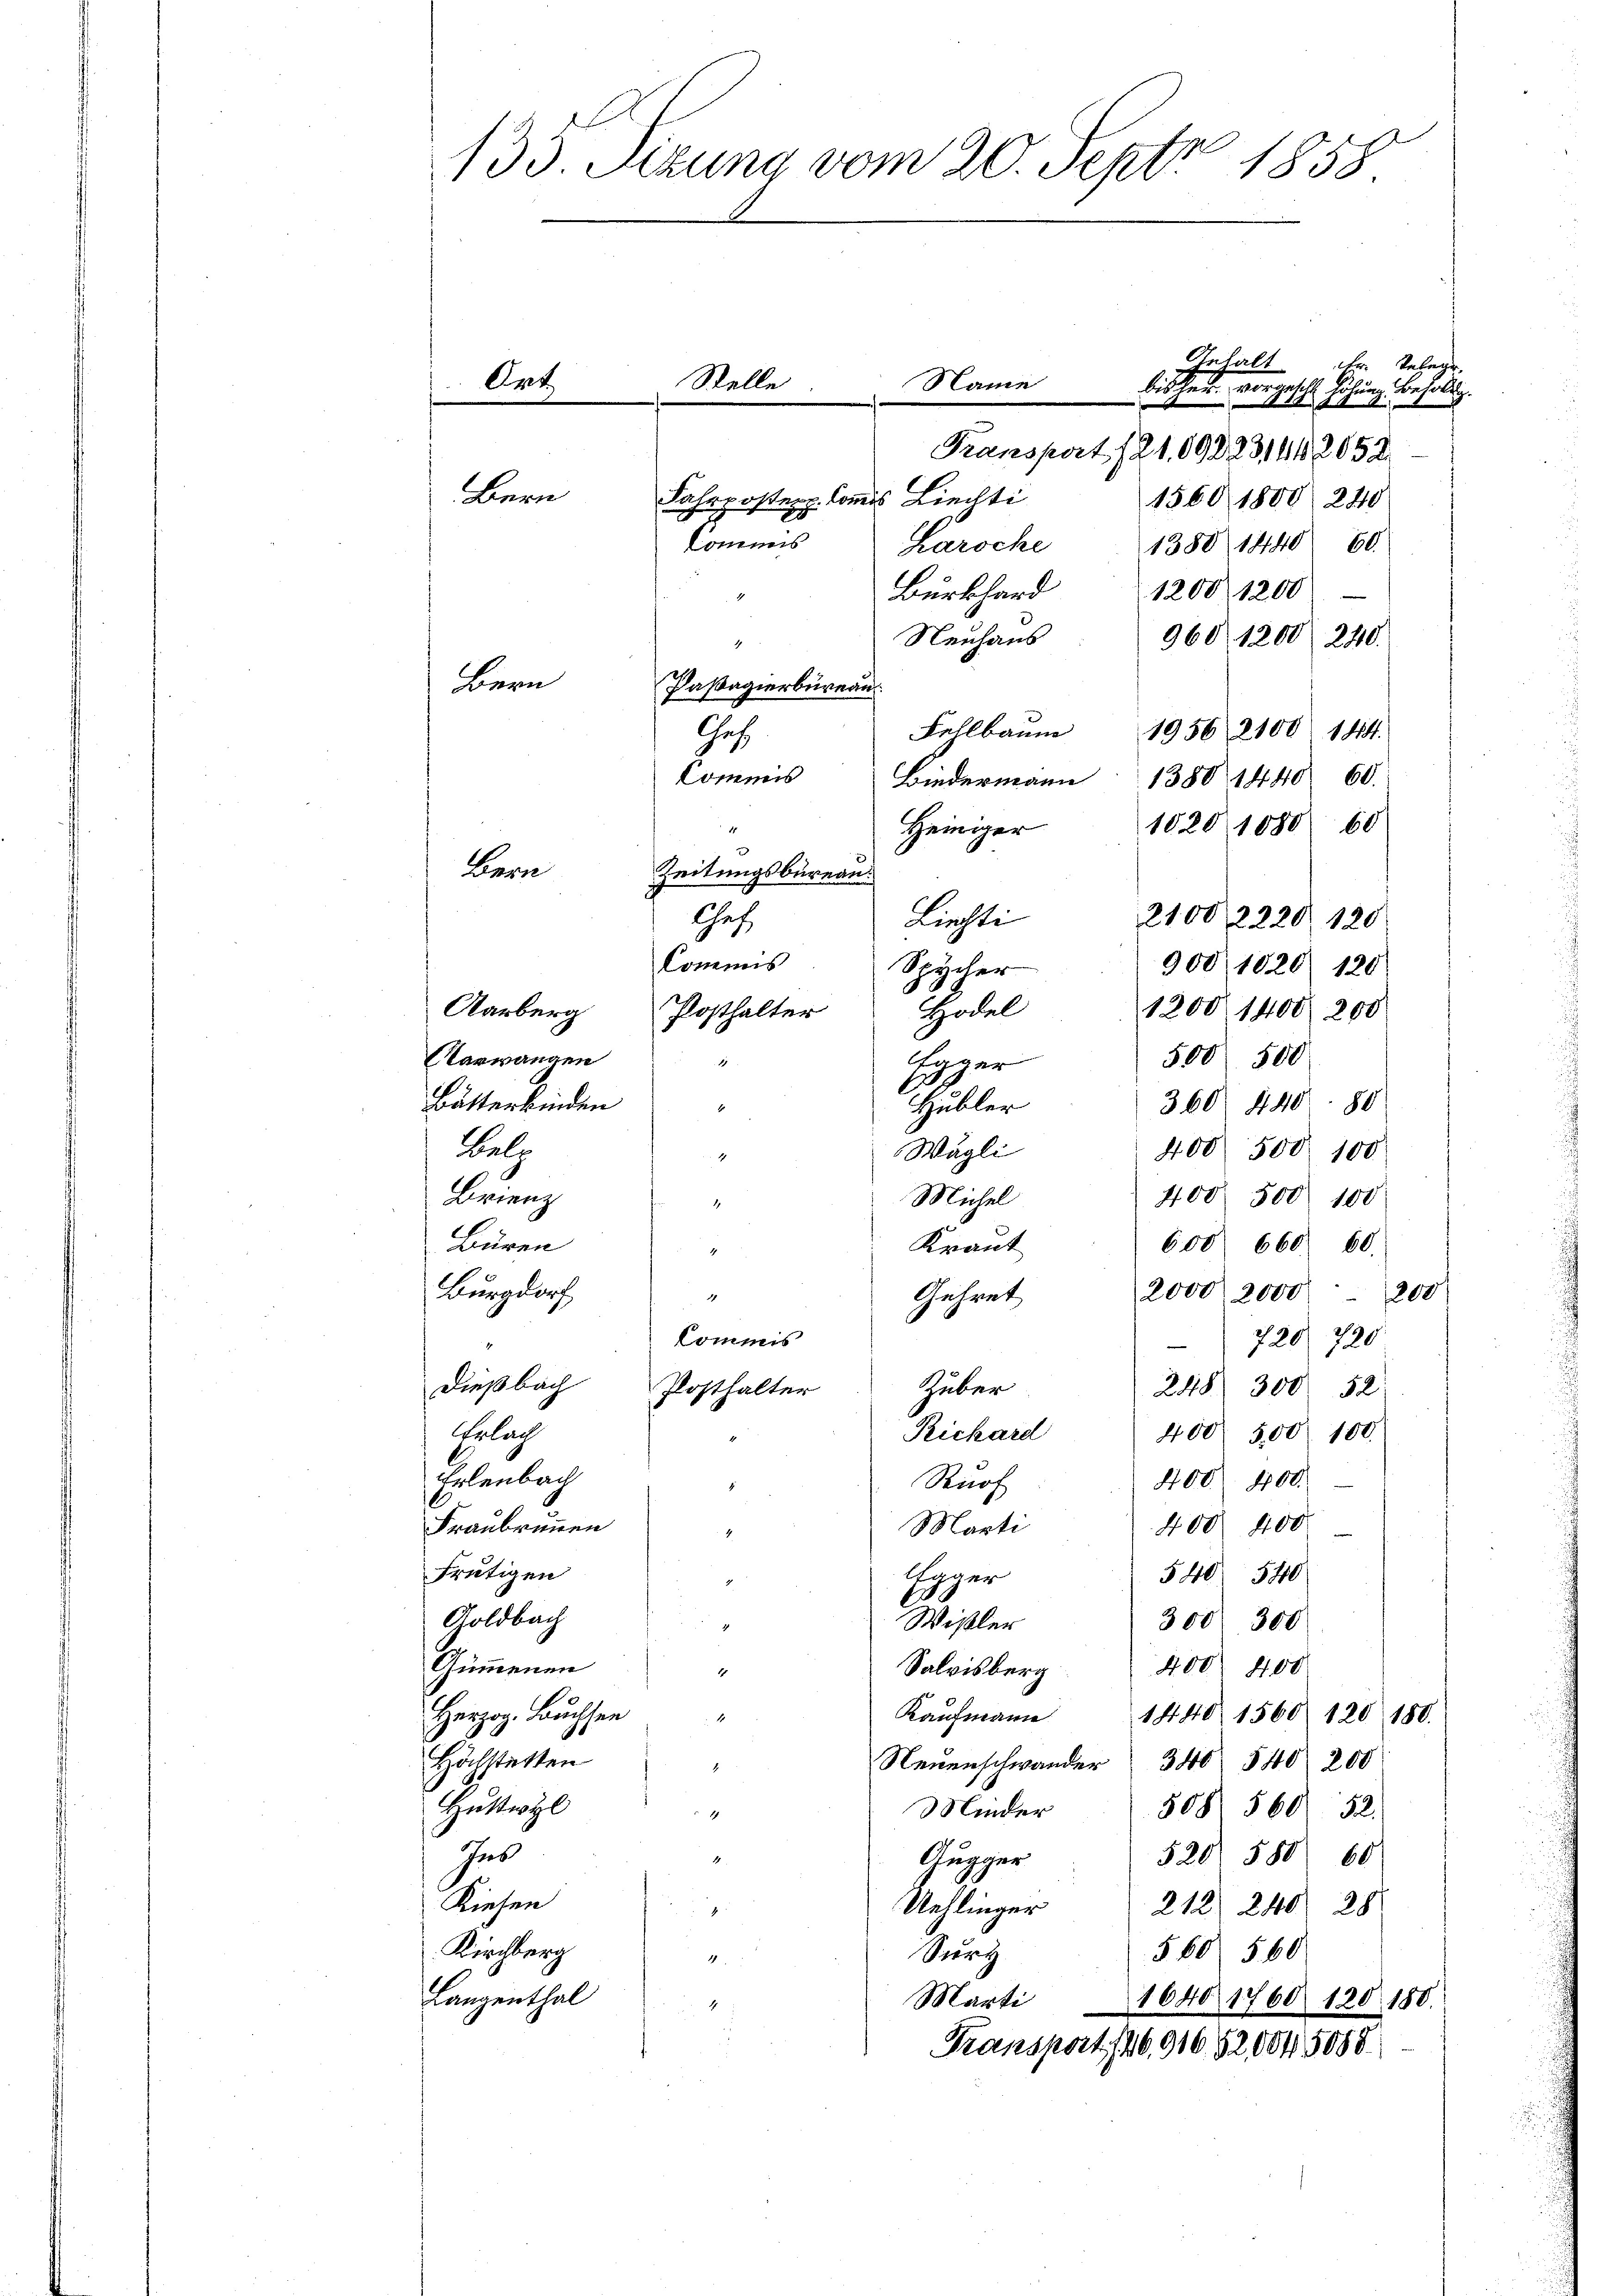
135. Sizung vom 20. Sept 1858

Gehalt
der Telegr.
Name
bisher vorgeschl Höhnen. Besoldig.
K
Transport. 121. 098231442052.
Bern
1560 1800 240
Commis haroche
1380 1440. 60.
1208. 1200
Burkhard
Neuhaus
960. 1200 240.
4
Bern
Pasagierbüreau
Fehlbaum 1956 2100. 144.
Ges.
Commis
1380 1440. 60.
Biedermann
1020 1080 60
Heiniger
Bern
Zeitungsbureau:
Chef.
Liechti
21002220 120
Commis
900/1020 120
Spycher
Aarberg
1200 1400 200
Posthalter Hodel
Aarwangen
500 500
Egger
Butterkinden
360 440. 80
Hubler
2
Bel
400. 500. 100
Wägli
 I
Brienz
400. 500 100
Michel
.
Büren
600 660. 60.
Kraut
E
Burgdorf
2000, 2000-200
Gehret
4
Commis
720 720
Dießbach Posthalter
Zuber
248/ 300 52
Erlach
400 500 100.
Rickard
Erlenbach
400. 400.
Rnof
Fraubrunnen
Marti
400. 400
Frutigen
540. 540
Egger
Goldbach
Wisler
300. 300
Gummenen
Salvisberg 400. 400
1
Herzog. Buchsen
Kaŭfmann 1440. 1560 120 180.
.
Höchstetten
Neuenschwander 340 540 200
.
Huttwyl
508. 560. 52.
Minder
4
Ins
4
520. 588 60
Gugger
Kiesen
212/ 240. 28
Uehlinger
Kirchberg
560. 560
Surt

Langenthal
16401760. 120. 180.
Marti
Fransport. 146,91652,0045058

Ort.

Stelle
Fahrposten. Commis Liechti